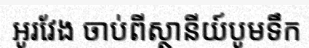
អូរវែង ចាប់ពីស្ថានីយ៍បូមទឹក